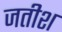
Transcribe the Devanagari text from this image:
जतीश